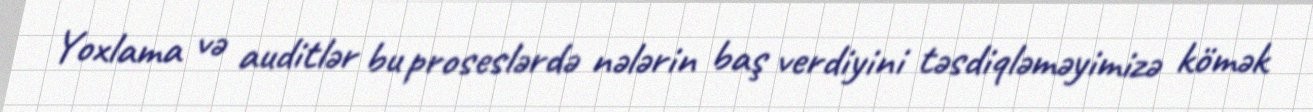
Yoxlama və auditlər bu proseslərdə nələrin baş verdiyini təsdiqləməyimizə kömək